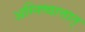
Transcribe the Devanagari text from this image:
अग्निष्वात्तात्